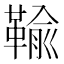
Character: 䩱